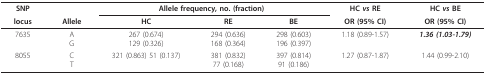
<table><thead><tr><td><b>SNP</b></td><td></td><td colspan="3"><b>Allele frequency, no. (fraction)</b></td><td><b>HC <i>vs </i>RE</b></td><td><b>HC <i>vs </i>BE</b></td></tr><tr><td><b>locus</b></td><td><b>Allele</b></td><td><b>HC</b></td><td><b>RE</b></td><td><b>BE</b></td><td><b>OR (95% CI)</b></td><td><b>OR (95% CI)</b></td></tr></thead><tbody><tr><td>7635</td><td>AG</td><td>267 (0.674)129 (0.326)</td><td>294 (0.636)168 (0.364)</td><td>298 (0.603)196 (0.397)</td><td>1.18 (0.89-1.57)</td><td><b><i>1.36 (1.03-1.79)</i></b></td></tr><tr><td>8055</td><td>CT</td><td>321 (0.863) 51 (0.137)</td><td>381 (0.832)77 (0.168)</td><td>397 (0.814)91 (0.186)</td><td>1.27 (0.87-1.87)</td><td>1.44 (0.99-2.10)</td></tr></tbody></table>